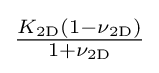
{\tfrac {K_{\mathrm {2D} }(1-\nu _{\mathrm {2D} })}{1+\nu _{\mathrm {2D} }}}